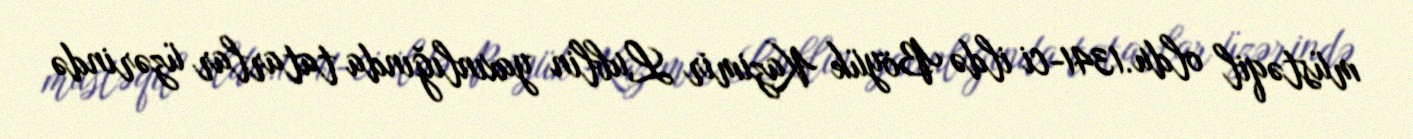
müstəqil oldu.1341-ci ildə Böyük Kazimir Lublin yaxınlığında tatarlar üzərində